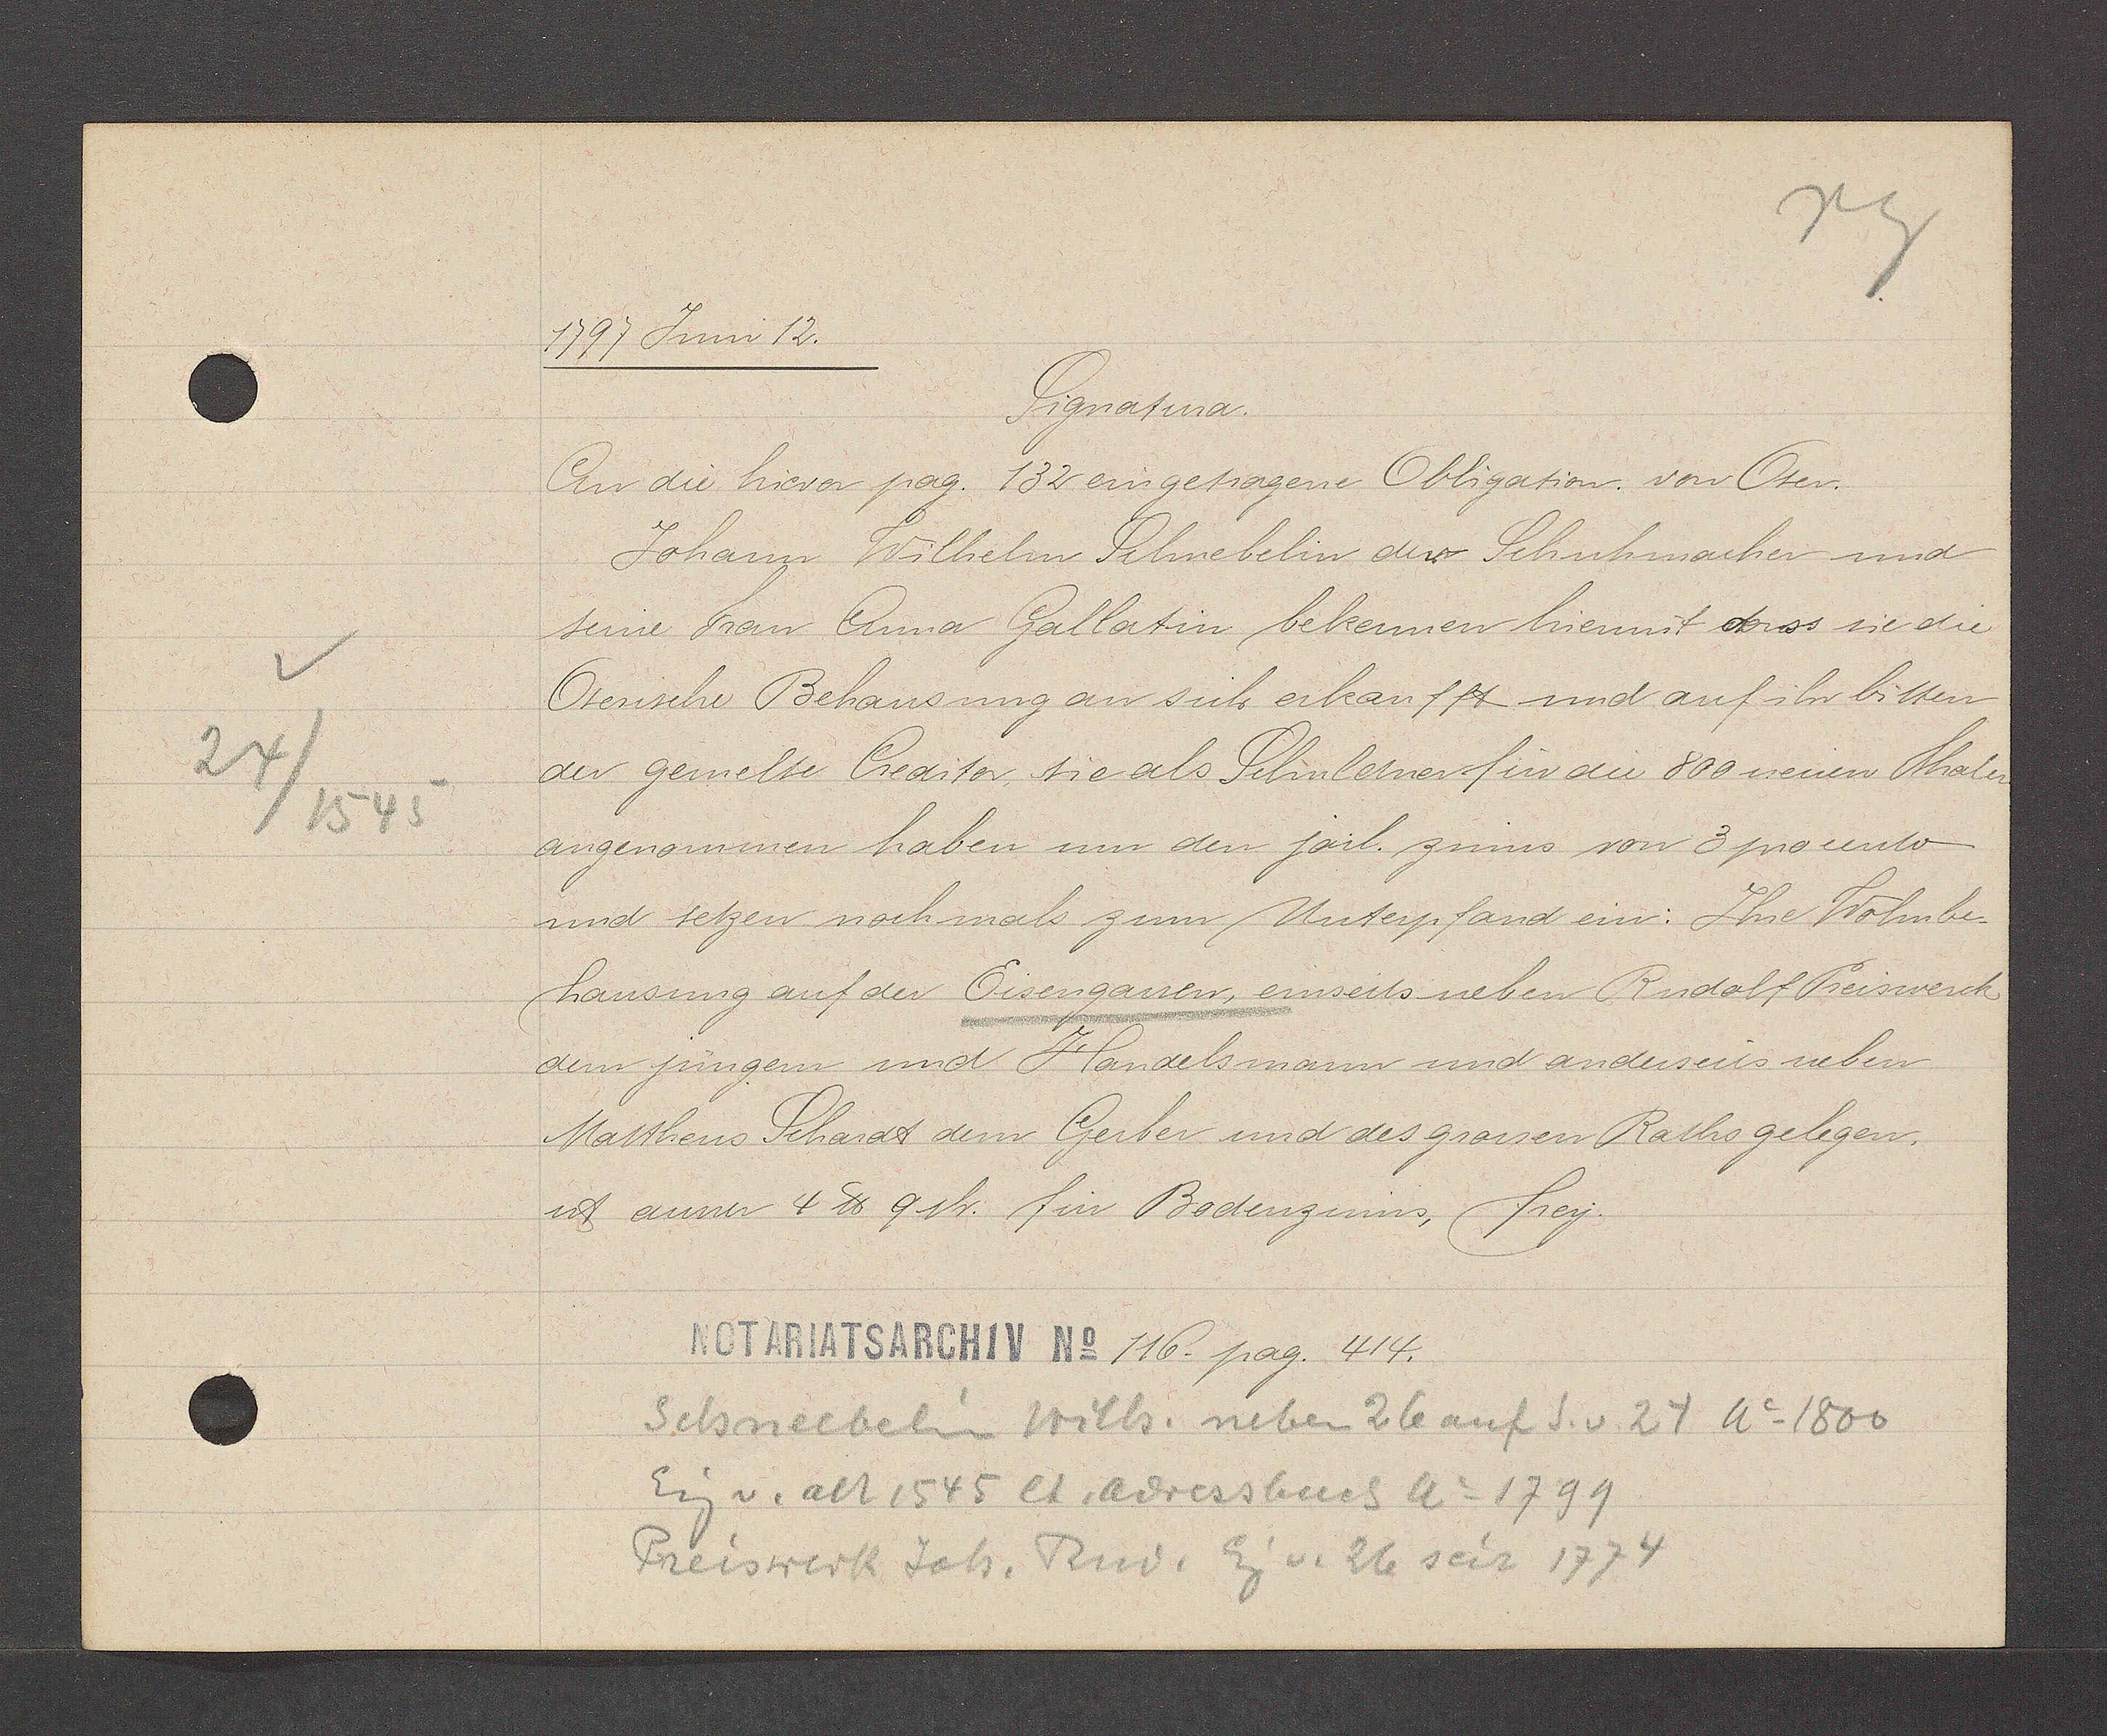
Transcript:
25/ 1545

1797 Juni 12.
Signatura.
An die hierer pag. 132 eingetragene Obligation. von Oser¬
Johann Wilhelm Schnebelin der Schuhmacher und
seine Frau Anna Gallatin bekennen hiermit dass sie die
Oserische Behausung an sich erkaufft und auf ihr bitten
der gemelte Creditor, sie als Schuldner fur die 800 neuen Thaler
angenommen haben um den jahrl. zinnss von 3 procento
und setzen noch mals zum Unterpfand ein: Ihe Wohnbe-
hausung auf der Eisengassen, einseits neben Rudolf Preiswerck
dem jungem und Handels mann und anderseies neben
Mattheus Schardt dem Gerber und des grossen Raths gelegen.
ist ausser 4 ℔ 9 sh. für Bodenzinns, frey.
116. pag. 414.
Schneebelin Wills. neben 26 auf S.v.27 Ao1800
Eig v. alt 1545 lt adressbuch Ao1799
Preiswerk Joh. Rud. Eg v. 26 seit 1774